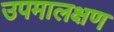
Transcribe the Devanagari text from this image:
उपमालक्षण